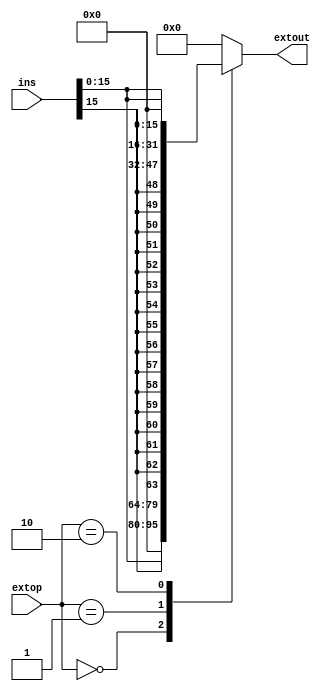
module ext(extop,ins,extout);
    input [1:0] extop;
    input [31:0] ins;
    output reg [31:0] extout;

    always@(ins or extop)
    begin
      case(extop)
          2'b00: extout = {16'h0000,ins[15:0]};       //zero extend
          2'b01: extout = {{16{ins[15]}},ins[15:0]}; //sign extend
          2'b10: extout = {ins[15:0],16'h0000};       //lui
          default: extout=0;
      endcase
    end
endmodule